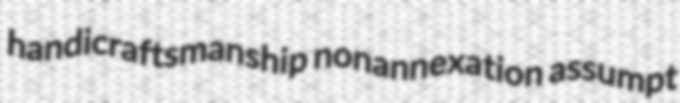
handicraftsmanship nonannexation assumpt